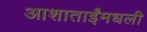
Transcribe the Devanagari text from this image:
आशाताईंमधली